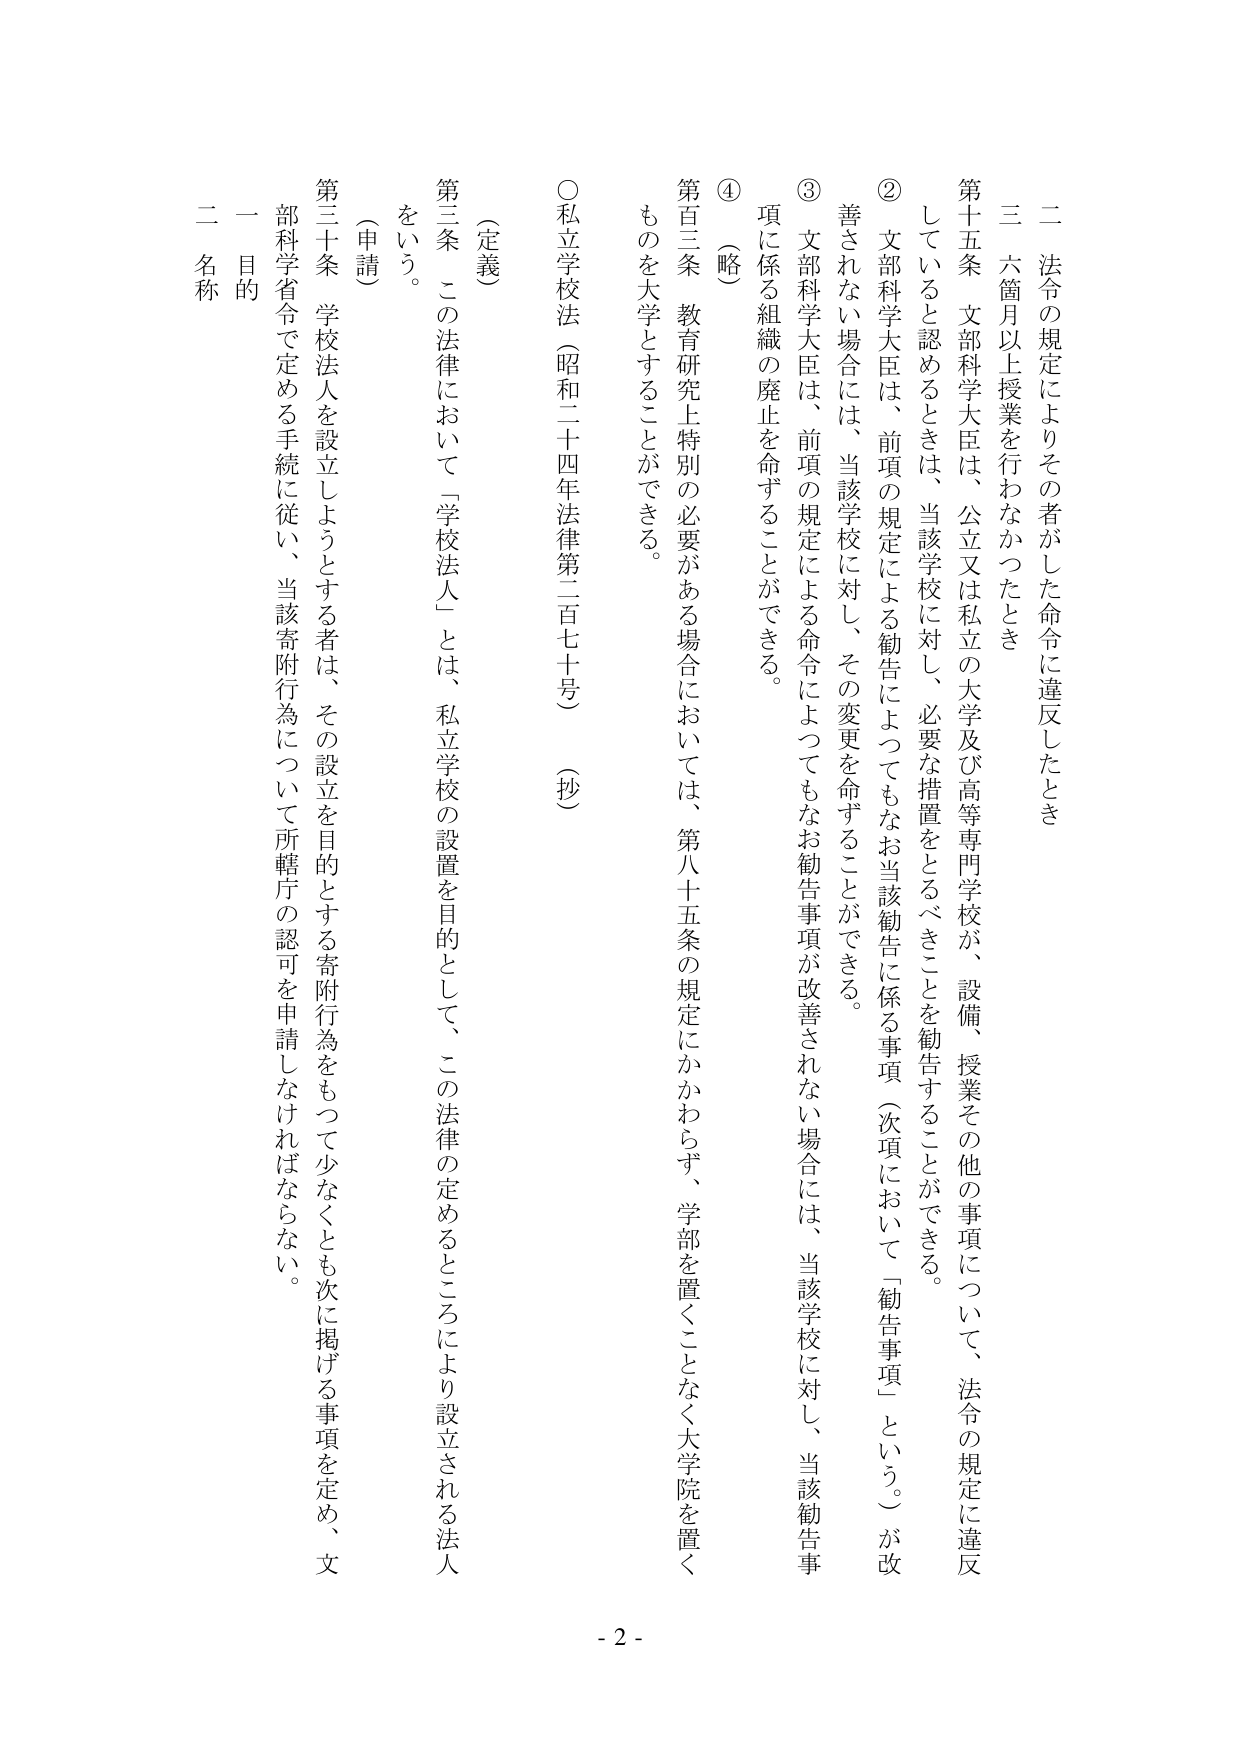
二 法令の規定によりその者がした命令に違反したとき
三 六箇月以上授業を行わなかったとき

第十五条 文部科学大臣は、公立又は私立の大学及び高等専門学校が、設備、授業その他の事項について、法令の規定に違反していると認めるときは、当該学校に対し、必要な措置をとるべきことを勧告することができる。

② 文部科学大臣は、前項の規定による勧告によってもなお当該勧告に係る事項（次項において「勧告事項」という。）が改善されない場合には、当該学校に対し、その変更を命ずることができる。

③ 文部科学大臣は、前項の規定による命令によってもなお勧告事項が改善されない場合には、当該学校に対し、当該勧告事項に係る組織の廃止を命ずることができる。

④ （略）

第百三条 教育研究上特別の必要がある場合においては、第八十五条の規定にかかわらず、学部を置くことなく大学院を置くものを大学とすることができる。

○私立学校法（昭和二十四年法律第二百七十号）（抄）

（定義）
第三条 この法律において「学校法人」とは、私立学校の設置を目的として、この法律の定めるところにより設立される法人をいう。

（申請）
第三十条 学校法人を設立しようとする者は、その設立を目的とする寄附行為をもって少なくとも次に掲げる事項を定め、文部科学省令で定める手続に従い、当該寄附行為について所轄庁の認可を申請しなければならない。

一 目的
二 名称

- 2 -